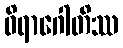
ဝိရာဂေါတိဿ